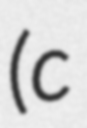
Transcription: (c